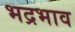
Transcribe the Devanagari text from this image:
भद्रभाव